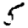
Digit: 5